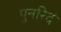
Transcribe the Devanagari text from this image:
पुनरिदं